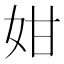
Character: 姏